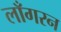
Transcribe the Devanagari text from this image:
लाँगरन